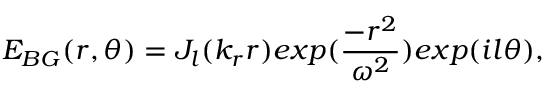
E _ { B G } ( r , \theta ) = J _ { l } ( k _ { r } r ) e x p ( \frac { - r ^ { 2 } } { \omega ^ { 2 } } ) e x p ( i l \theta ) ,